Annual report on the Civil Veterinary Department, Burma (including the Insein Veterinary School) - 1923-1931
Year: 1923
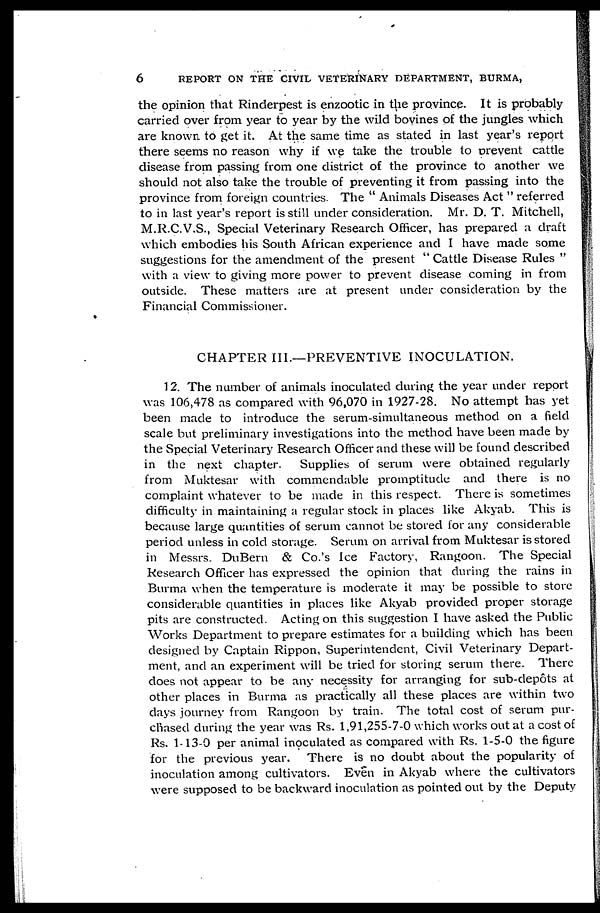
6
REPORT ON THE CIVIL VETERINARY DEPARTMENT, BURMA,
the opinion that Rinderpest is enzootic in the province. It is probably
carried over from year to year by the wild boyines of the jungles which
are known to get it. At the same time as stated in last year's report
there seems no reason why if we take the trouble to prevent cattle
disease from passing from one district of the province to another we
should not also take the trouble of preventing it from passing into the
province from foreign countries. The " Animals Diseases Act " referred
to in last year's report is still under consideration. Mr. D. T. Mitchell,
M.R.C.V.S., Special Veterinary Research Officer, has prepared a draft
which embodies his South African experience and I have made some
suggestions for the amendment of the present " Cattle Disease Rules "
with a view to giving more power to prevent disease coming in from
outside. These matters are at present under consideration by the
Financial Commissioner.
CHAPTER III.—PREVENTIVE INOCULATION.
12. The number of animals inoculated during the year under report
was 106,478 as compared with 96,070 in 1927-28. No attempt has yet
been made to introduce the serum-simultaneous method on a field
scale but preliminary investigations into the method have been made by
the Special Veterinary Research Officer and these will be found described
in the next chapter. Supplies of serum were obtained regularly
from Muktesar with commendable promptitude and there is no
complaint whatever to be made in this respect. There is sometimes
difficulty in maintaining a regular stock in places like Akyab. This is
because large quantities of serum cannot be stored for any considerable
period unless in cold storage. Serum on arrival from Muktesar is stored
in Messrs. DuBern & Co.'s Ice Factory, Rangoon. The Special
Research Officer has expressed the opinion that during the rains in
Burma when the temperature is moderate it may be possible to store
considerable quantities in places like Akyab provided proper storage
pits are constructed. Acting on this suggestion I have asked the Public
Works Department to prepare estimates for a building which has been
designed by Captain Rippon, Superintendent, Civil Veterinary Depart-
ment, and an experiment will be tried for storing serum there. There
does not appear to be any necessity for arranging for sub-depots at
other places in Burma as practically all these places are within two
days journey from Rangoon by train. The total cost of serum pur-
chased during the year was Rs. 1,91,255-7-0 which works out at a cost of
Rs. 1-13-0 per animal inoculated as compared with Rs. 1-5-0 the figure
for the previous year. There is no doubt about the popularity of
inoculation among cultivators. Even in Akyab where the cultivators
were supposed to be backward inoculation as pointed out by the Deputy